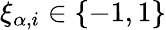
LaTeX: \xi_{\alpha,i}\in\left\{ -1,1\right\}